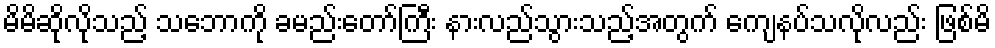
မိမိဆိုလိုသည့် သဘောကို ခမည်းတော်ကြီး နားလည်သွားသည့်အတွက် ကျေနပ်သလိုလည်း ဖြစ်မိ